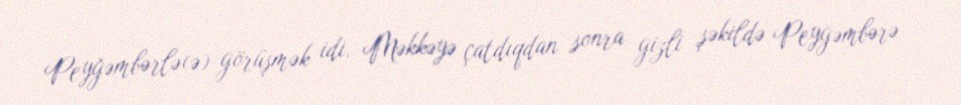
Peyğəmbərlə(ə) görüşmək idi. Məkkəyə çatdıqdan sonra gizli şəkildə Peyğəmbərə